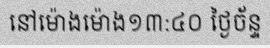
នៅម៉ោងម៉ោង១៣:៤០ ថ្ងៃច័ន្ទ